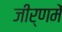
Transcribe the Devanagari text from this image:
जीर्णमें